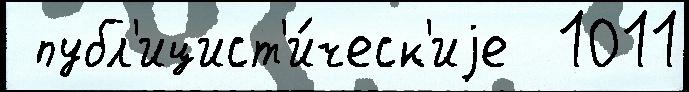
 публ'ицист'и́ческ'иjе  1011